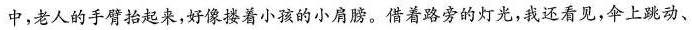
中，老人的手臂抬起来，好像搂着小孩的小肩膀。借着路旁的灯光，我还看见，伞上跳动、